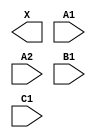
module sky130_fd_sc_hdll__o211a (
    X ,
    A1,
    A2,
    B1,
    C1
);

    output X ;
    input  A1;
    input  A2;
    input  B1;
    input  C1;

    // Voltage supply signals
    supply1 VPWR;
    supply0 VGND;
    supply1 VPB ;
    supply0 VNB ;

endmodule